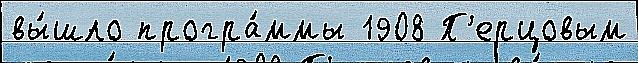
вы́шло програ́ммы 1908 П'ерцовым